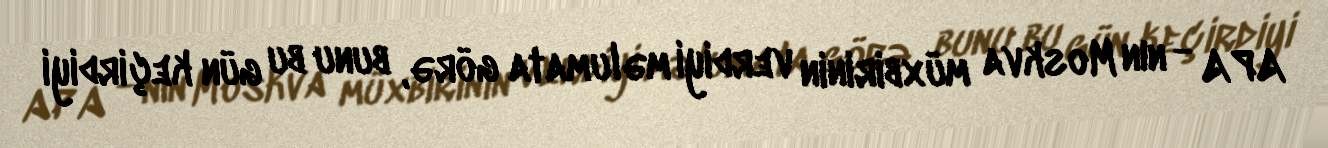
APA - nın Moskva müxbirinin verdiyi məlumata görə, bunu bu gün keçirdiyi